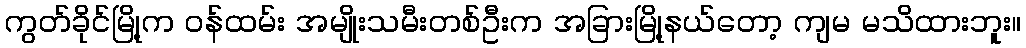
ကွတ်ခိုင်မြို့က ဝန်ထမ်း အမျိုးသမီးတစ်ဦးက အခြားမြို့နယ်တော့ ကျမ မသိထားဘူး။